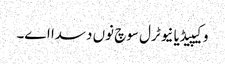
وکیپیڈیا نیوٹرل سوچ نوں دسدا اے۔